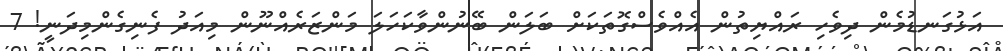
އަޅުގަނޑުމެން ދިވެހި ރައްޔިތުން އެއްވެސްގޮތަކަށް ބަލަން ބޭނުންވާކަހަލަ މަންޒަރެއްނޫން މިއަދު ފެނިގެންމިދަނީ! 7